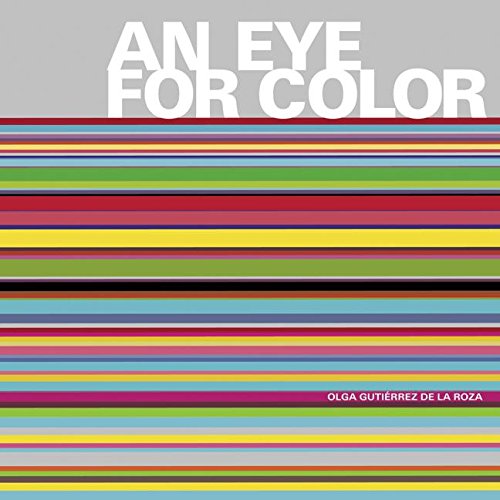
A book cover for An Eye for Color; Olga Gutierrez de la Roza; Arts & Photography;